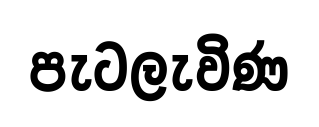
පැටලැවිණ